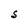
Character: S